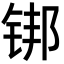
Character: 䦁